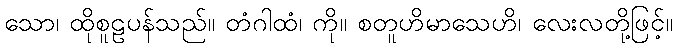
သော၊ ထိုစူဠပန်သည်။ တံဂါထံ၊ ကို။ စတူဟိမာသေဟိ၊ လေးလတို့ဖြင့်။